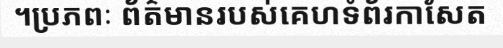
។ប្រភពៈ ព័ត៌មានរបស់គេហទំព័រកាសែត